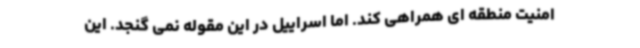
امنیت منطقه ای همراهی کند. اما اسراییل در این مقوله نمی گنجد. این